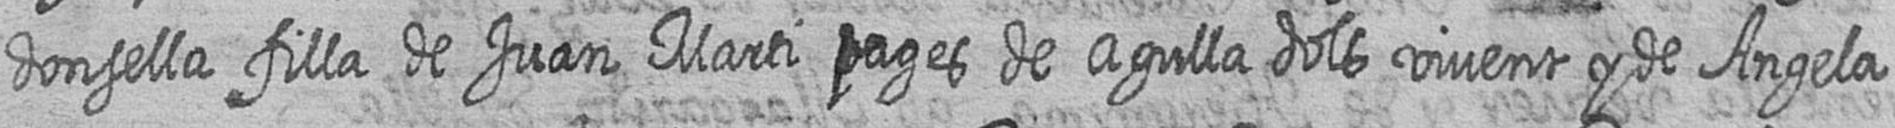
donsella filla de Juan Marti pages de Agulla dols vivent y de Angela